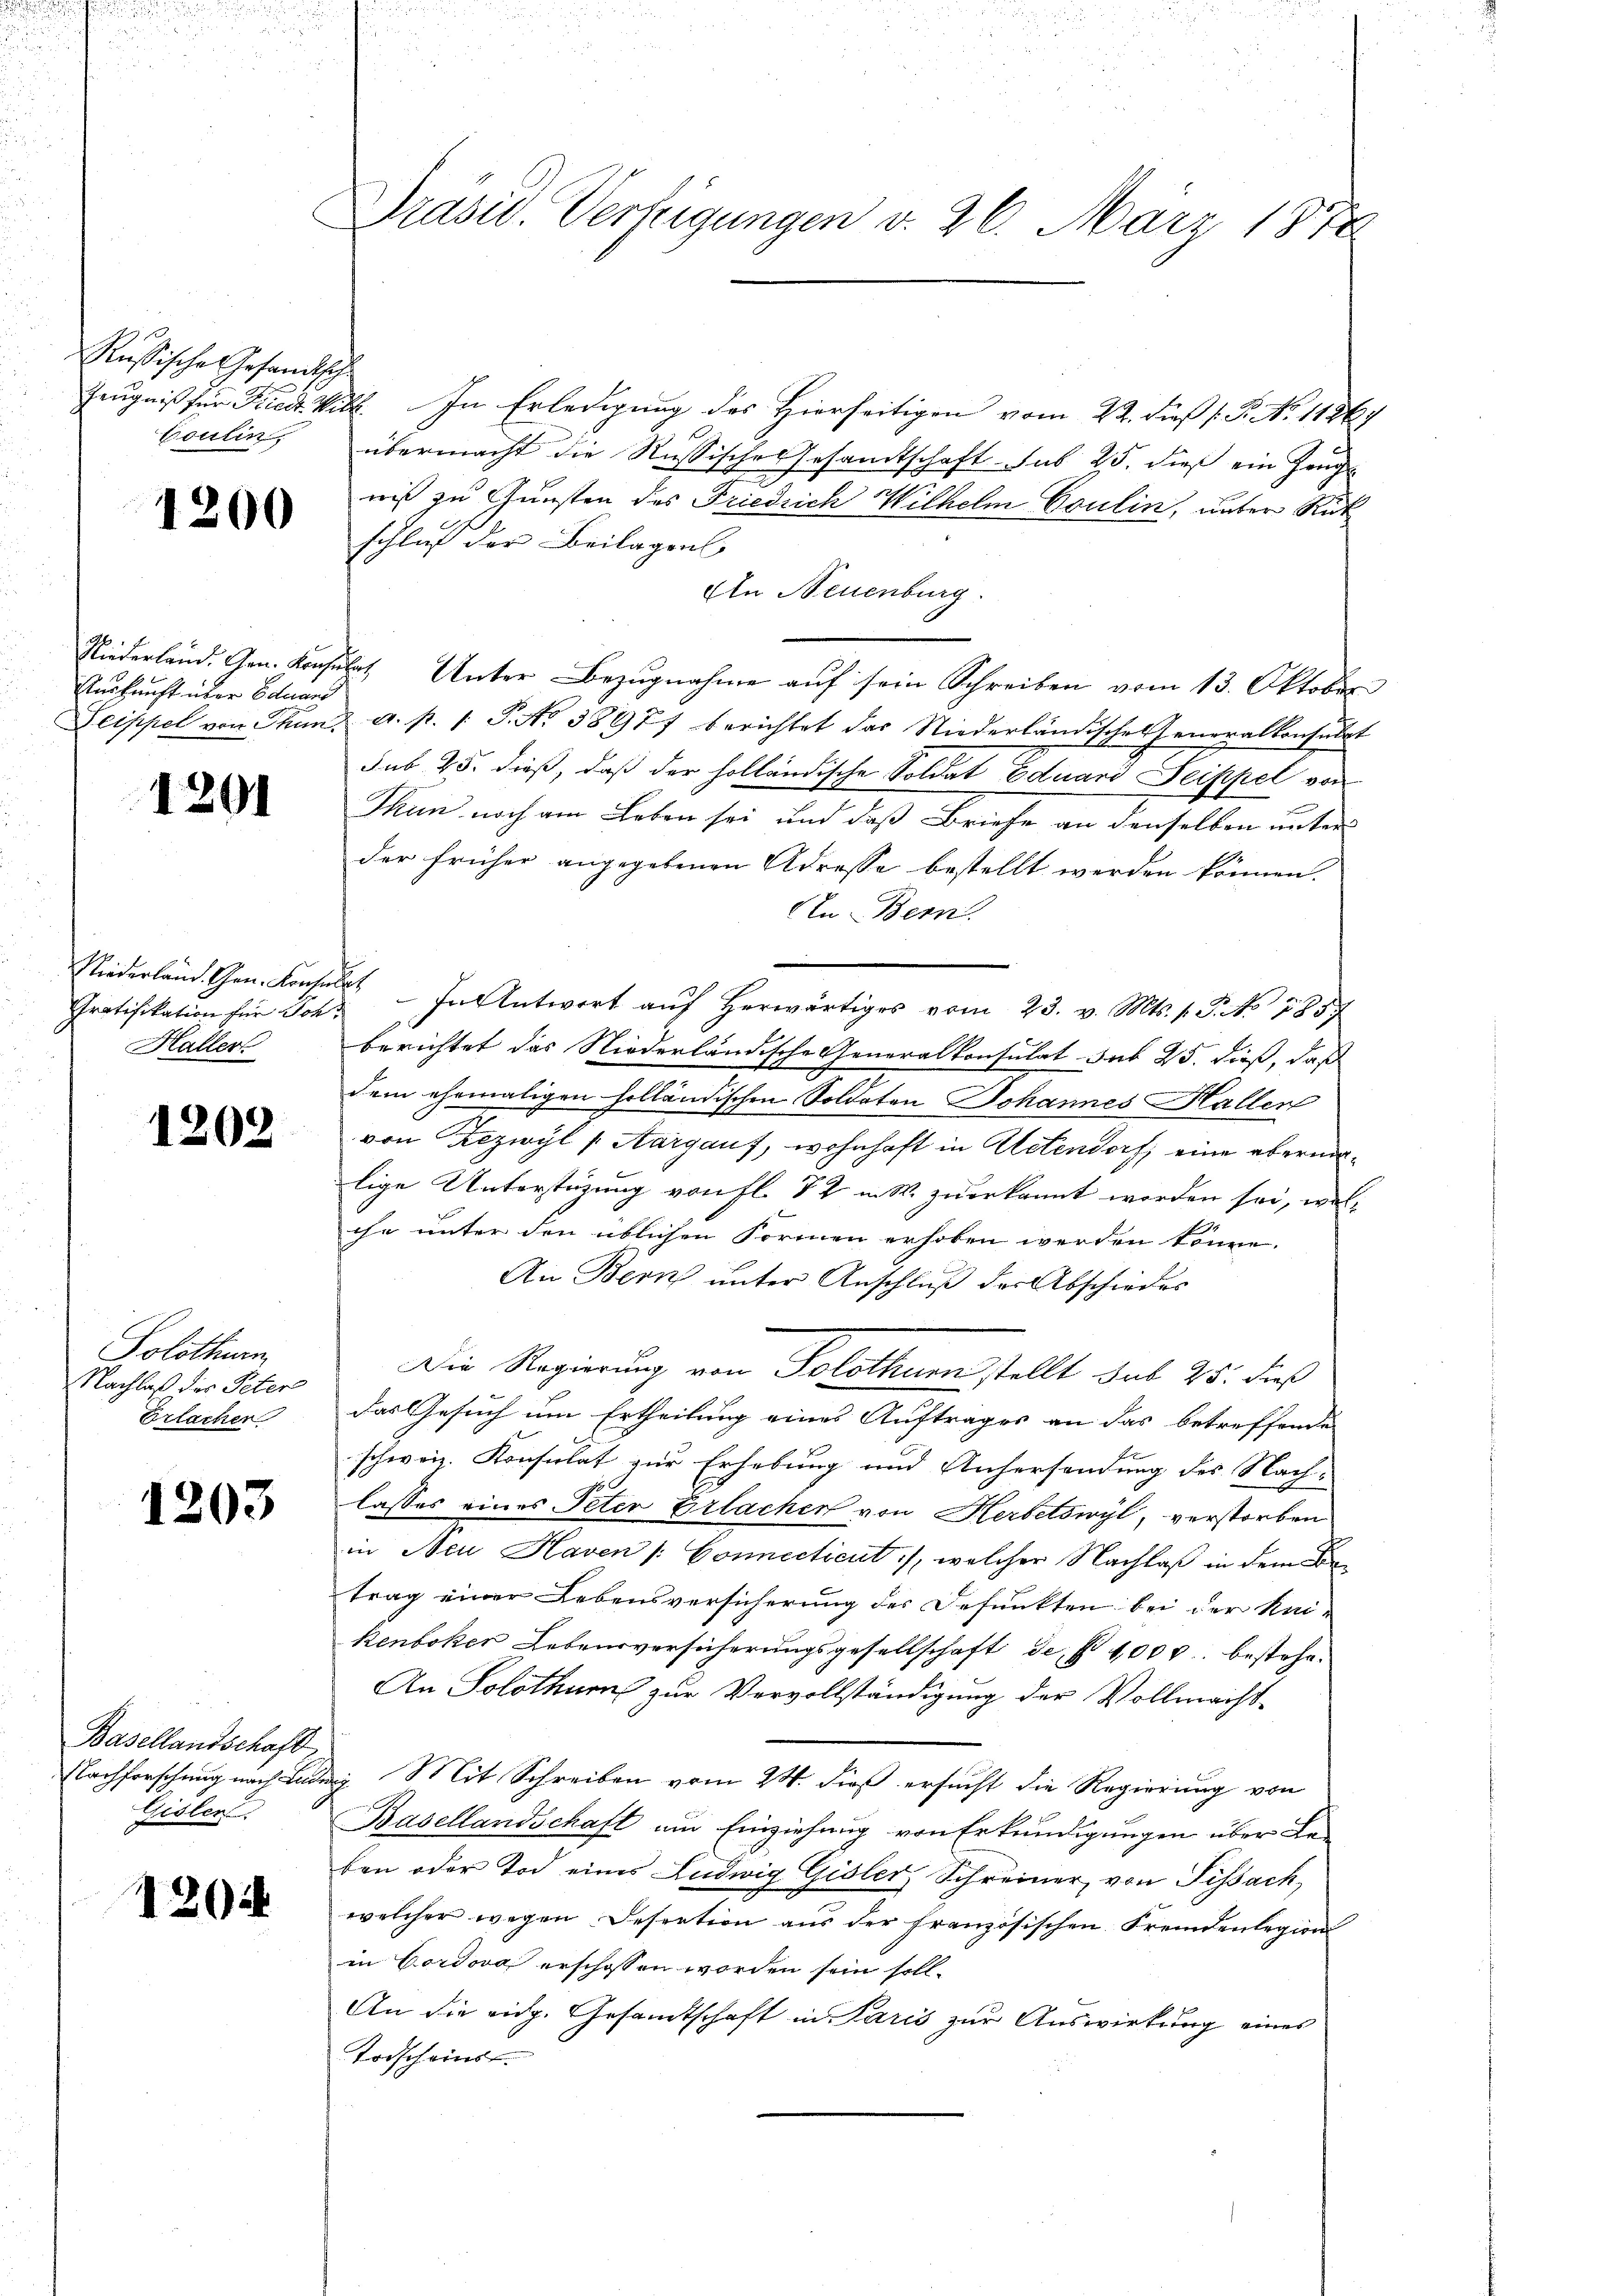
Präsid. Verfeigungen v. 26. März 1872

Rußische Gesandtische
Coulin,

Zeugniß für Friedr. Vill. In Erledigung des Hierseitigen vom 22. dieß P. N. 11269
übermacht die Russisches Gesamtschaft sub 25. dieß ein Zeuge
niß zu Gunsten des Friedrich Wilhelm Goulin, unter Rück
schluß der Beilagens
An Neuenburg.
Niederland. Gen. Konsulat Unter Bezugnahme auf sein Schreiben vom 13. Oktober
Seippel von Thun. a. p. 1. P. No 38977 berichtet das Niederländisches Generalkonsulat
sub 25. dieß, daß der holländische Soldat Eduard Deippel vor-
Thun noch am Leben sei und daß Briefe an denselben unterder früher angegebenen Adresse bestellt werden können.
AIn Bern.
Niederland. Gen. Konsulat In Antwort aŭf herwärtiges vom 23. v. Mts. v. J. No 7859
berichtet das Niederländische Generalkonsulat sub 25. dieß, daß
dem ehemaligen holländischen Soldaten Johannes Hallen
von Rezwyl (Aargauf, wohnhaft in Actendorf, eine übermalige Unterstüzung von fl. 72 in W. zuerkannt worden sei, wol-
che unter den üblichen Formen erhoben werden könne.
An Bern unter Anschluß der Abschiedes
Die Regierung von Solothurn stellt sub 25. dieß
das Gesuch um Ertheilung eines Auftrages an das betreffende
schweiz. Konsulat zur Erhebung und Anhersendung des Nach-
lasses eines Peter Erlacher von Herbetswyl, verstorben
in Neu Haven /: Connecticut /, welcher Nachlaß in dem Betrag einer Lebensversicherung des Defunkten bei der kei-
kenboker Lebensversicherungsgesellschaft de pr 1000. bestehe¬
An Solothur zur Vervollständigung der Vollmacht-
Nachforschung nach Luder Mit Schreiben vom 24. dieß ersucht die Regierung von
Basellandschaft am Einziehung von Erkundigungen über Be-
ben oder Tod eines Ludwig Gisler, Schreiner von Tissach,
welcher wegen Desention aus der französischen Fremdenlegion
in Cordova erschossen worden sein soll.
An die eidg. Gesamtschaft in Paris zur Auswirkung eines
Todscheins.

1200

Auskunft über Eduand

1201

Gratifikation für Soh¬
Haller

1202

Solothurn
Nachlaß des Peter
Erlachen

1203

Basellandschaft
Gisler

120